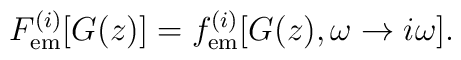
F_{{\mathrm{em}}}^{(i)}[G(z)]=f_{{\mathrm{em}}}^{(i)}[G(z),\omega\rightarrow i\omega ].